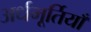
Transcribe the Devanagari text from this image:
अर्धमूर्तियाँ